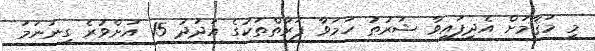
މި މަޤާމަށް އެދިފައިވާ ޝަރުޠު ހަމަވާ ފަރާތްތަކުގެ އަދަދު 15 އަށްވުރެ ގިނަނަމަ